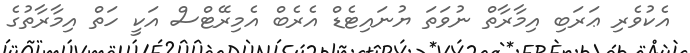
އެކުވެރި ޢަރަބި އިމާރާތް ނުވަތަ ޔުނައިޓެޑް އެރެބް އެމިރޭޓްސް އަކީ ހަތް އިމާރާތުގެ